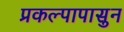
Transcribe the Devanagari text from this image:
प्रकल्पापासुन